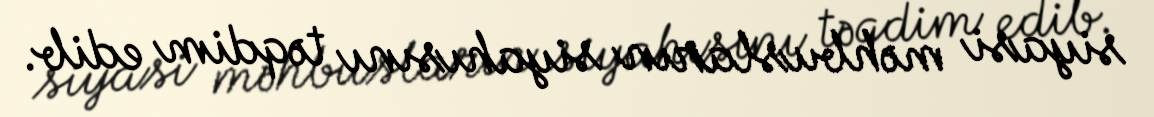
siyasi məhbusların siyahısını təqdim edib.